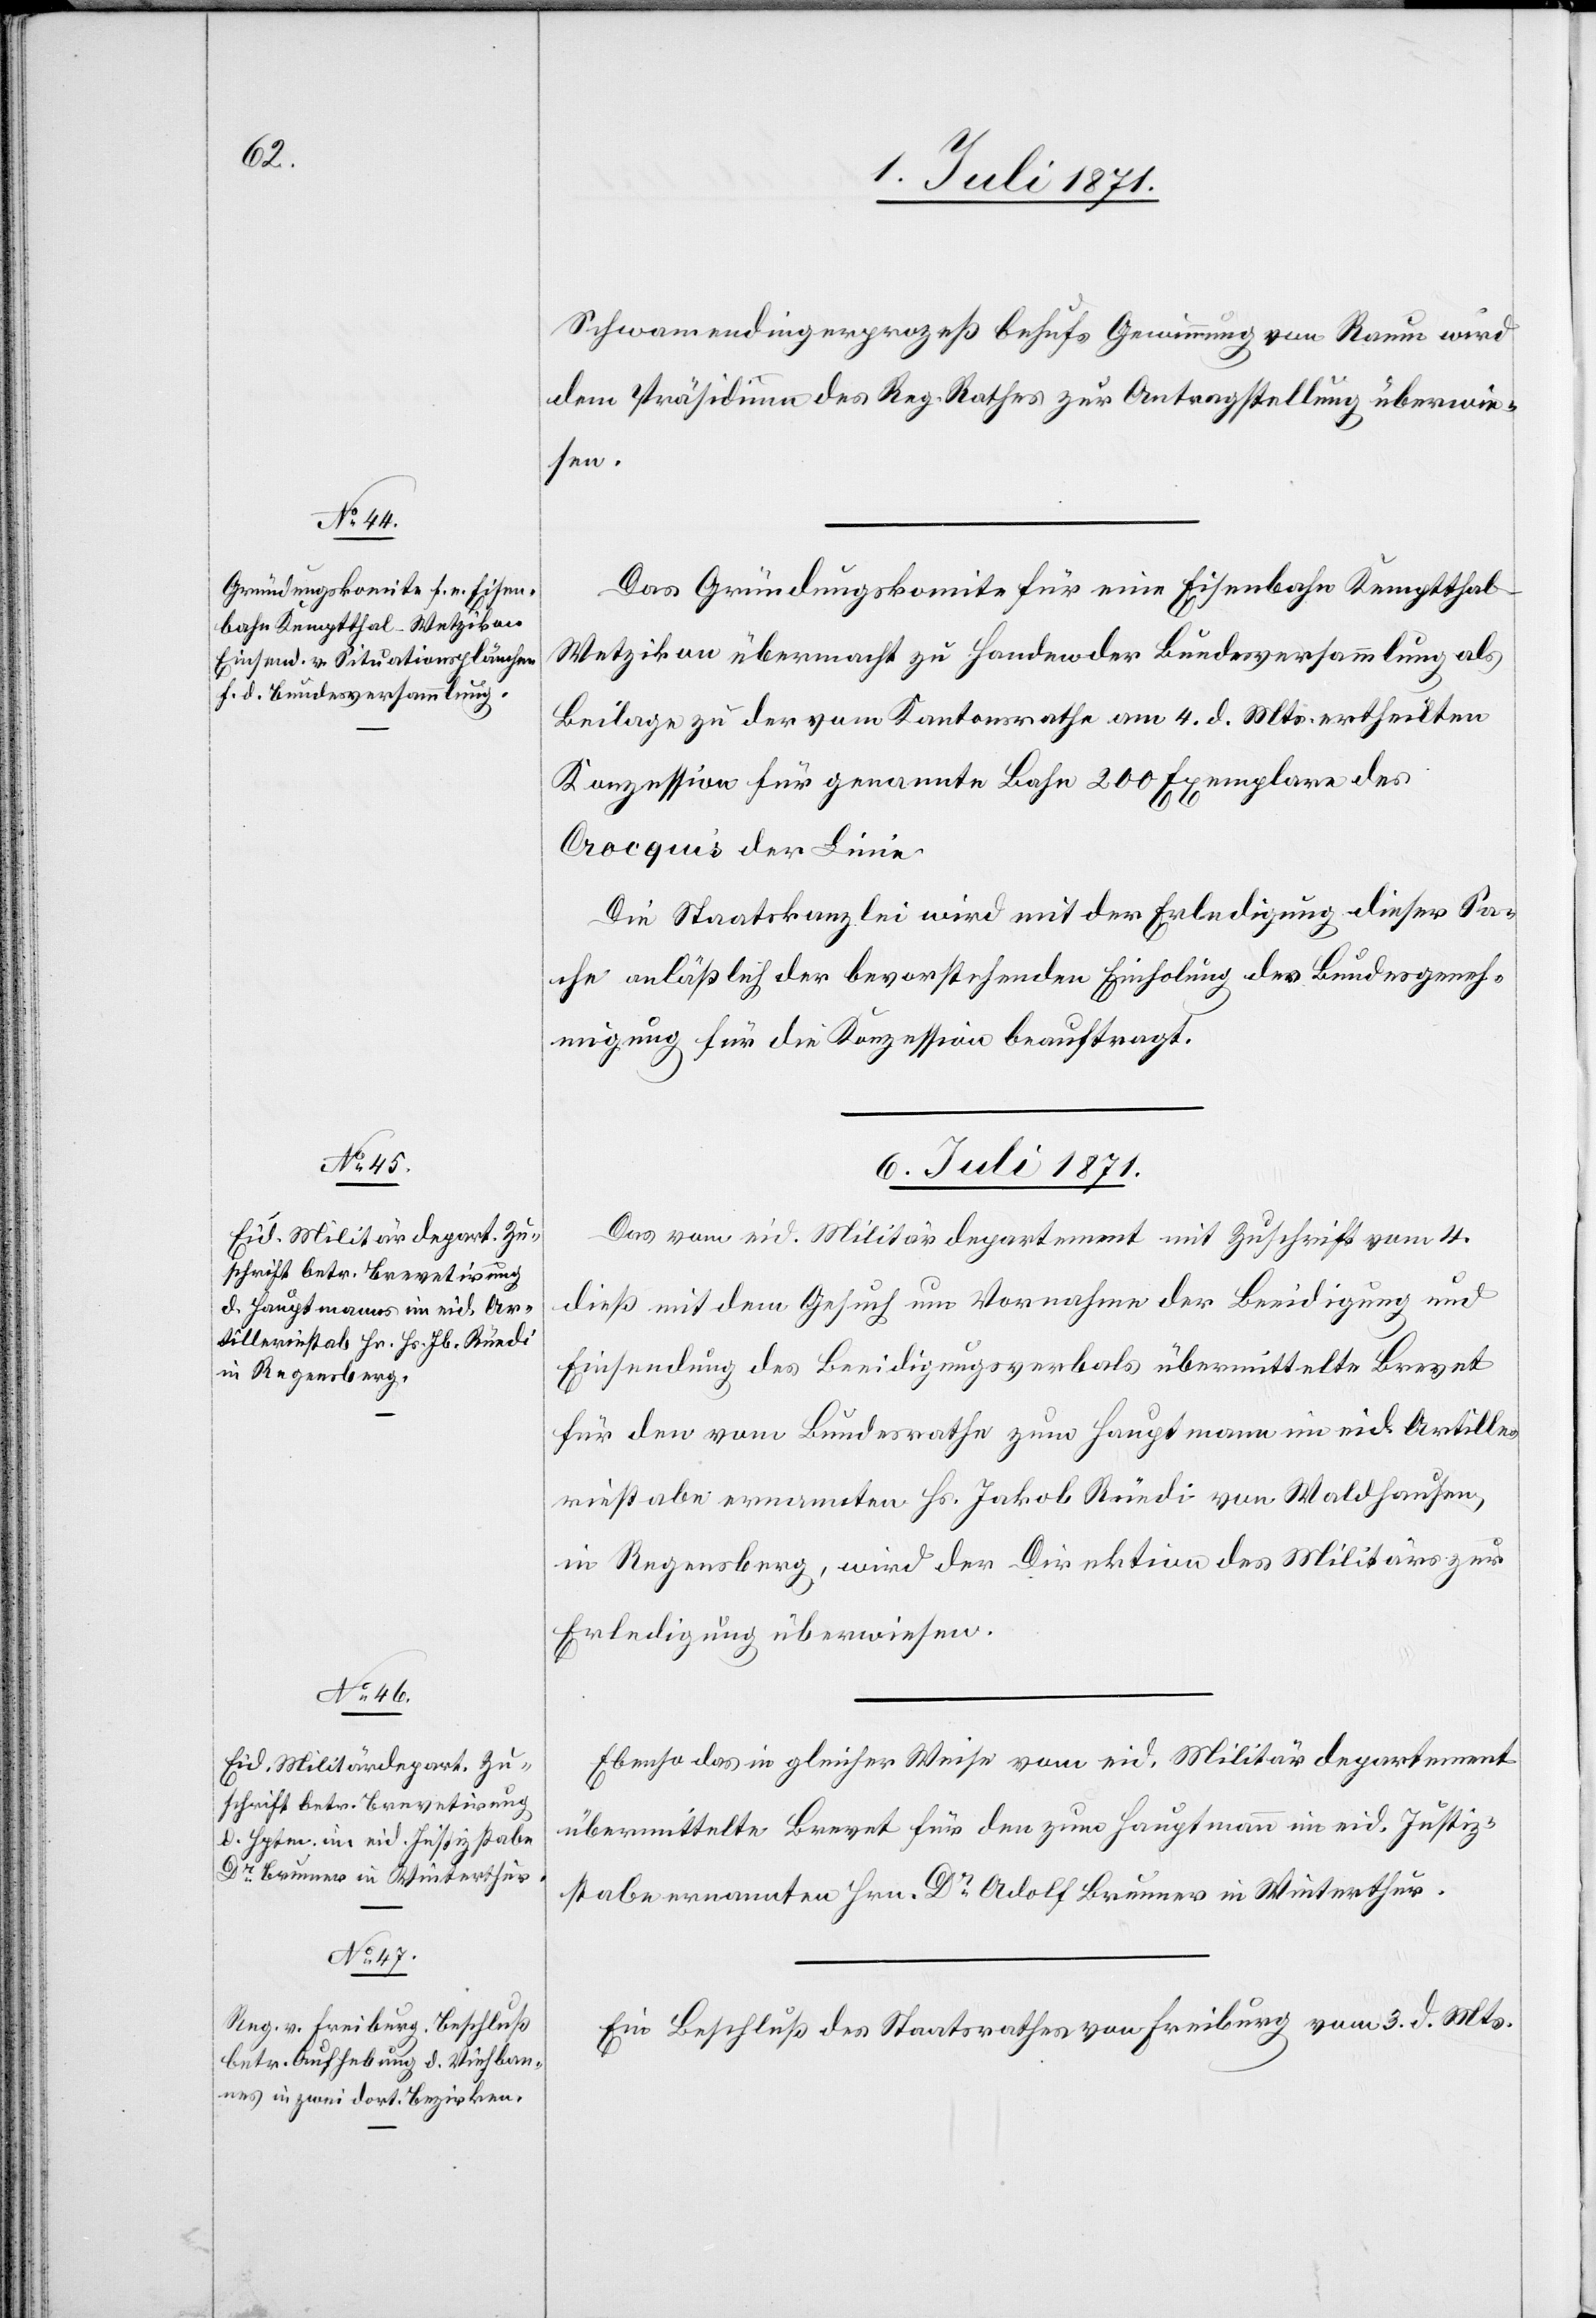
5. Juli 1871.]
Schwamendingerprozeß behufs Gewinnung von Raum wird
dem Präsidium des Reg. Rathes zur Antragstellung überwie¬
sen.
Das Gründungskomite für eine Eisenbahn Kemptthal-W¬
etzikon übermacht zu Handen der Bundesversammlung als
Beilage zu der vom Kantonsrathe am 4. d. Mts. ertheilten
Konzession für genannte Bahn 200 Exemplare des
Crocquis der Linie.
Die Staatskanzlei wird mit der Erledigung dieser Sa¬
che anläßlich der bevorstehenden Einholung der Bundesgeneh¬
migung für die Konzession beauftragt.
6. Juli 1871.]
Das vom eid. Militärdepartement mit Zuschrift vom 4.
dieß mit dem Gesuch um Vornahme der Beeidigung und
Einsendung des Beeidigungsverbals übermittelte Brevet
für den vom Bundesrathe zum Hauptmann im eid. Artille¬
riestabe ernannten Hs. Jakob Rüedi von Waldhausen,
in Regensberg, wird der Direktion des Militärs zur
Erledigung überwiesen.
Ebenso das in gleicher Weise vom eid. Militärdepartement
übermittelte Brevet für den zum Hauptmann im eid. Justiz¬
stabe ernannten Hrn. Dr. Adolf Brunner in Winterthur.
Ein Beschluß des Staatsrathes von Freiburg vom 3. d. Mts.